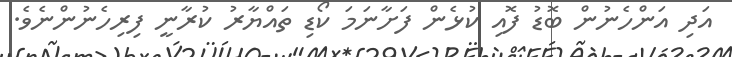
އަދި އަންހެނުން ބޮޑު ފޮއި ކުޅެން ފަށާނަމަ ކޯޑި ތައްޔާރު ކުރާނީ ފިރިހެނުންނެވެ.